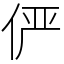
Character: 俨